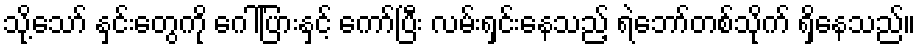
သို့သော် နှင်းတွေကို ဂေါ်ပြားနှင့် ကော်ပြီး လမ်းရှင်းနေသည့် ရဲဘော်တစ်သိုက် ရှိနေသည်။